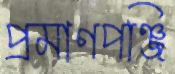
প্রমাণপঞ্জি